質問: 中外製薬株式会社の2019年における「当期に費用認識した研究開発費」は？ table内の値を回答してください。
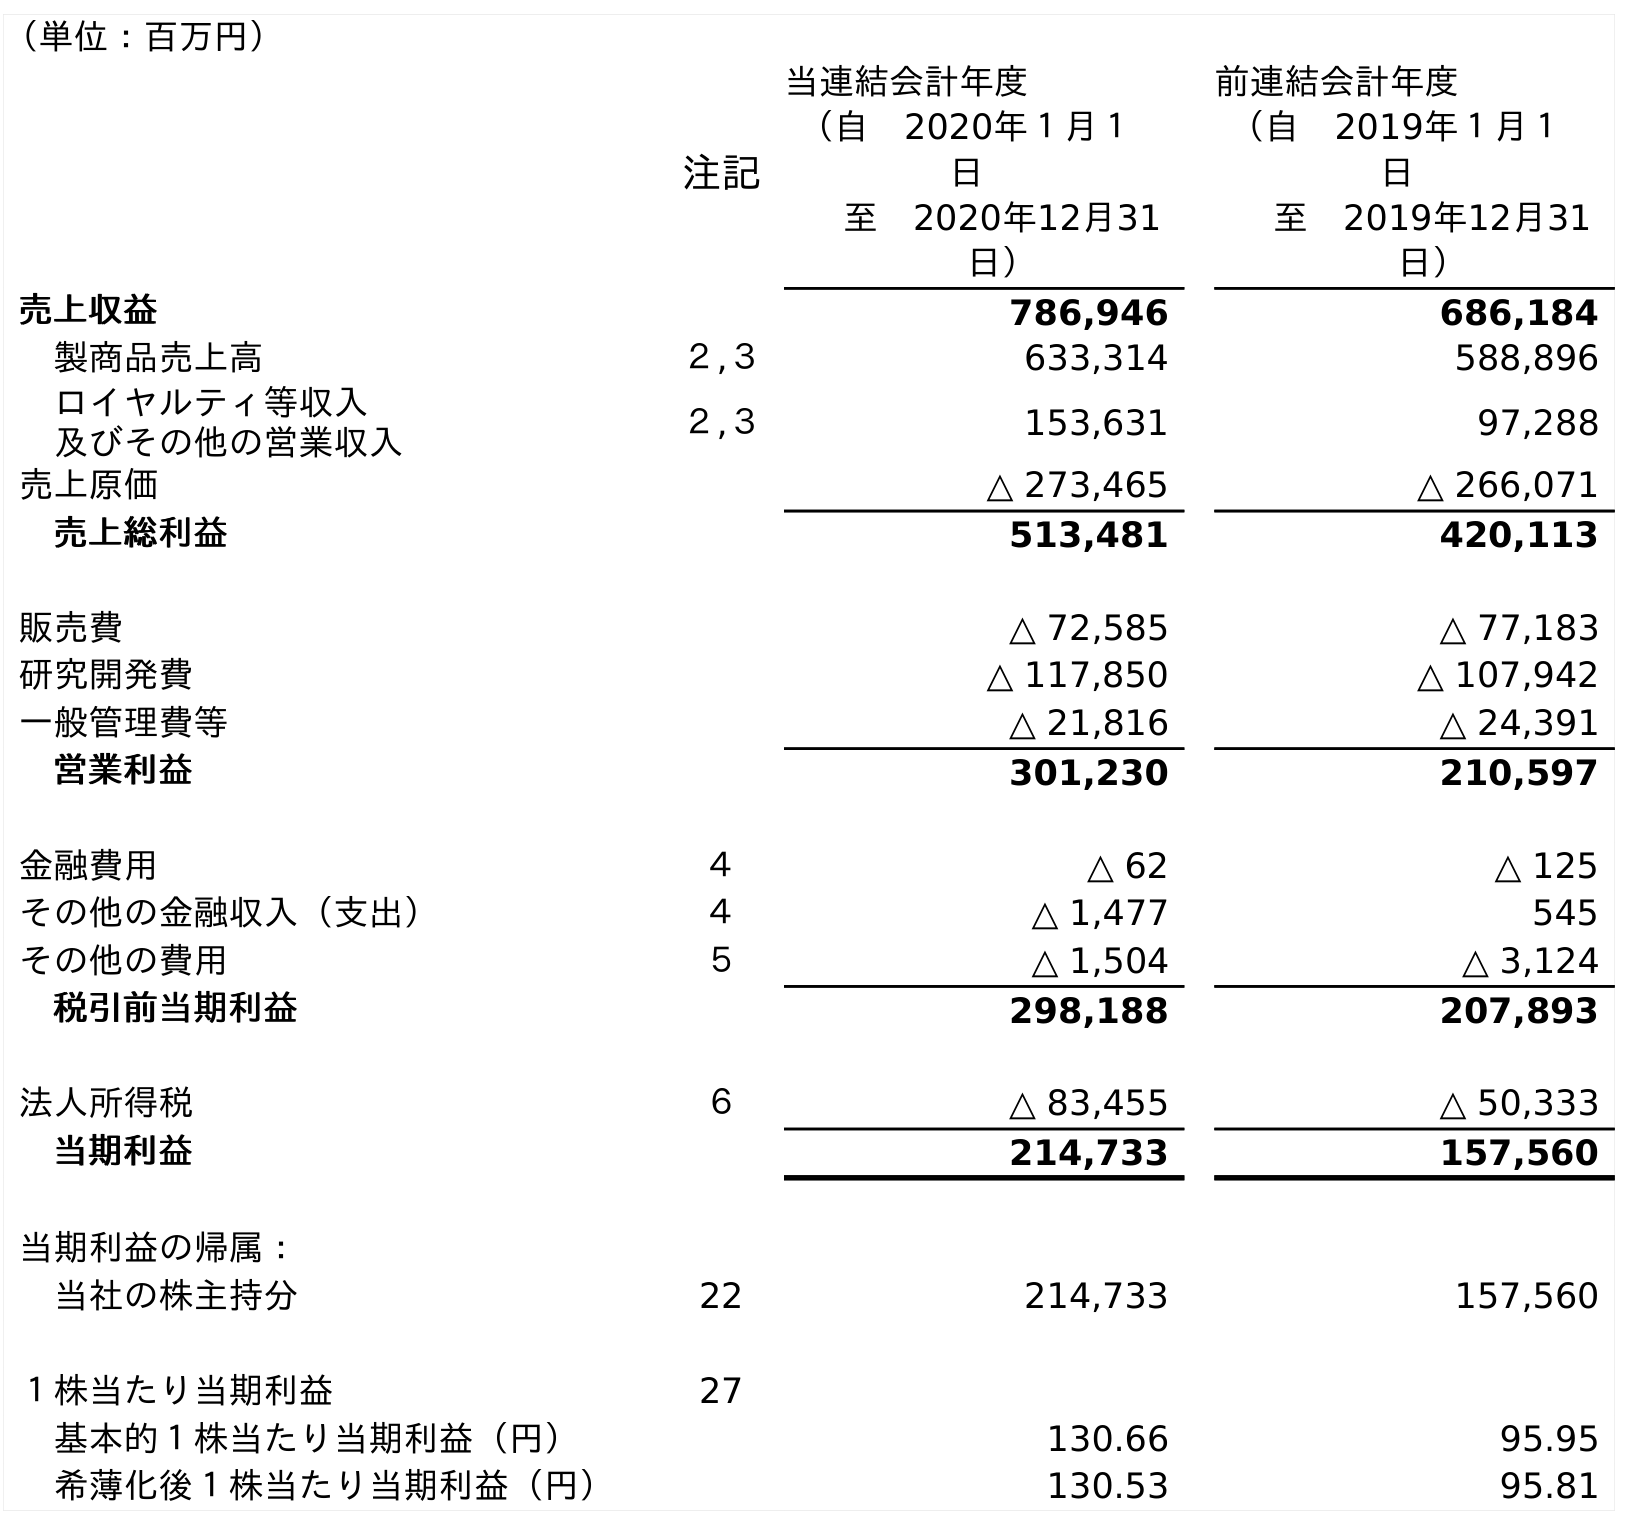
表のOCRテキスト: （単位：百万円） 注記 当連結会計年度 （自 2020年１月１ 日 至 2020年12月31 日） 前連結会計年度 （自 2019年１月１ 日 至 2019年12月31 日） 売上収益 786,946 686,184 製商品売上高 ２,３ 633,314 588,896 ロイヤルティ等収入 及びその他の営業収入 ２,３ 153,631 97,288 売上原価 △ 273,465 △ 266,071 売上総利益 513,481 420,113 販売費 △ 72,585 △ 77,183 研究開発費 △ 117,850 △ 107,942 一般管理費等 △ 21,816 △ 24,391 営業利益 301,230 210,597 金融費用 ４ △ 62 △ 125 その他の金融収入（支出） ４ △ 1,477 545 その他の費用 ５ △ 1,504 △ 3,124 税引前当期利益 298,188 207,893 法人所得税 ６ △ 83,455 △ 50,333 当期利益 214,733 157,560 当期利益の帰属： 当社の株主持分 22 214,733 157,560 １株当たり当期利益 27 基本的１株当たり当期利益（円） 130.66 95.95 希薄化後１株当たり当期利益（円） 130.53 95.81
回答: △107,942